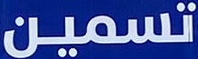
تسمین